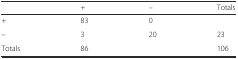
<table><thead><tr><td>[EMPTY_CELL]</td><td><b>+</b></td><td><b>–</b></td><td><b>Totals</b></td></tr></thead><tbody><tr><td>+</td><td>83</td><td>0</td><td>[EMPTY_CELL]</td></tr><tr><td>–</td><td>3</td><td>20</td><td>23</td></tr><tr><td>Totals</td><td>86</td><td>[EMPTY_CELL]</td><td>106</td></tr></tbody></table>